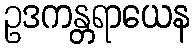
ဥဒကန္တရာယေန